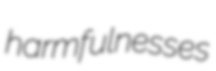
harmfulnesses